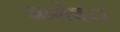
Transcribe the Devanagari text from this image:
जागेवरर